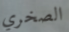
الصخري